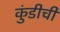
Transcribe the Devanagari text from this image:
कुंडीची